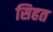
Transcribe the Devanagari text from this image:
सिहत